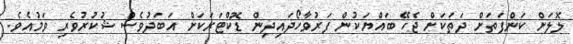
ލޮލަށް ކަންފަތަށް ދަތަކަށް ޖެހޭ ބައްޔަކުން ފަރުވާހޯދައިދިން ޑޮކްޓަރަކަށް އަބަދުވެސް ޝުކުރުވެރި ވަމުއެވެ.